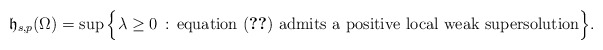
\begin{align*}\mathfrak{h}_{s,p}(\Omega)=\sup\Big\{\lambda\ge 0\, :\, \mbox{equation \eqref{equazione} admits a positive local weak supersolution}\Big\}.\end{align*}